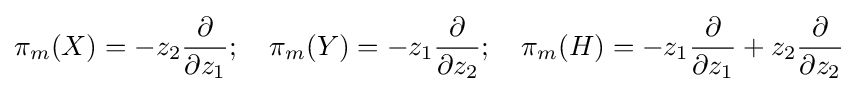
\pi _{m}(X)=-z_{2}{\frac {\partial }{\partial z_{1}}};\quad \pi _{m}(Y)=-z_{1}{\frac {\partial }{\partial z_{2}}};\quad \pi _{m}(H)=-z_{1}{\frac {\partial }{\partial z_{1}}}+z_{2}{\frac {\partial }{\partial z_{2}}}